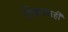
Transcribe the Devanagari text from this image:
शिकवणही